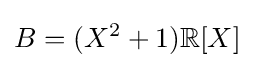
B=(X^{2}+1)\mathbb {R} [X]